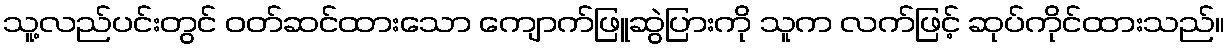
သူ့လည်ပင်းတွင် ဝတ်ဆင်ထားသော ကျောက်ဖြူဆွဲပြားကို သူက လက်ဖြင့် ဆုပ်ကိုင်ထားသည်။